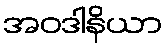
အဝဒါနိယာ